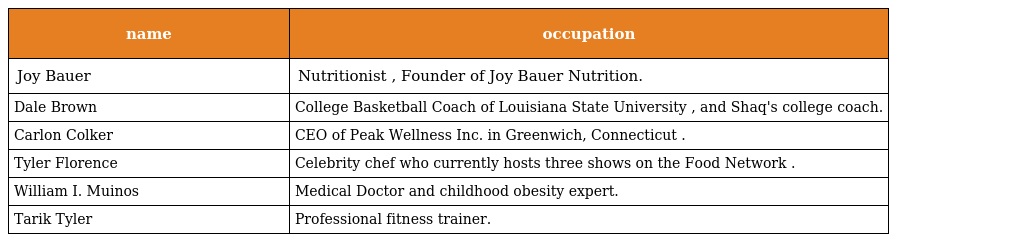
| name | occupation |
 | --- | --- |
 | Joy Bauer | Nutritionist , Founder of Joy Bauer Nutrition. |
 | Dale Brown | College Basketball Coach of Louisiana State University , and Shaq's college coach. |
 | Carlon Colker | CEO of Peak Wellness Inc. in Greenwich, Connecticut . |
 | Tyler Florence | Celebrity chef who currently hosts three shows on the Food Network . |
 | William I. Muinos | Medical Doctor and childhood obesity expert. |
 | Tarik Tyler | Professional fitness trainer. |